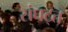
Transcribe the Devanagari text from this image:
संघट्त